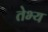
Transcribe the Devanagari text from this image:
तेभ्य